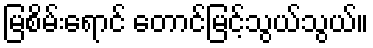
မြစိမ်းရောင် တောင်မြင့်သွယ်သွယ်။